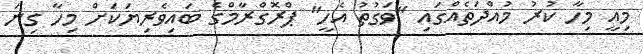
މިއީ މިހާ ކުރު މުއްދަތެއްގައި "ވަގުތު އެހީ" ޕްރޮގްރާމްގެ ބައިވެރިޔަކަށް މިހާ ގިނަ